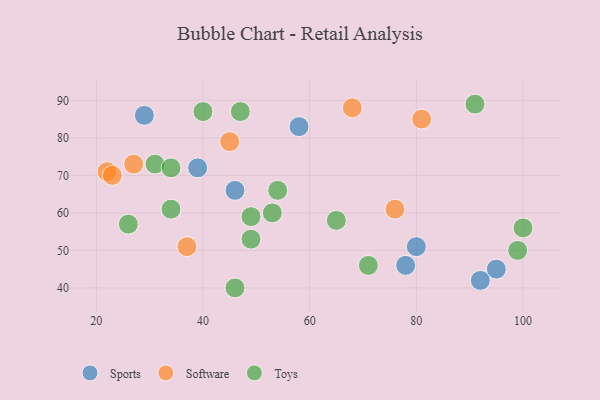
{"axis": {"x": "GDP", "y": "Life Expectancy"}, "legend": ["Software", "Sports", "Toys"], "data": [{"x": "95", "y": 45, "type": "Sports"}, {"x": "46", "y": 66, "type": "Sports"}, {"x": "39", "y": 72, "type": "Sports"}, {"x": "29", "y": 86, "type": "Sports"}, {"x": "78", "y": 46, "type": "Sports"}, {"x": "80", "y": 51, "type": "Sports"}, {"x": "58", "y": 83, "type": "Sports"}, {"x": "92", "y": 42, "type": "Sports"}, {"x": "45", "y": 79, "type": "Software"}, {"x": "76", "y": 61, "type": "Software"}, {"x": "68", "y": 88, "type": "Software"}, {"x": "22", "y": 71, "type": "Software"}, {"x": "81", "y": 85, "type": "Software"}, {"x": "23", "y": 70, "type": "Software"}, {"x": "27", "y": 73, "type": "Software"}, {"x": "37", "y": 51, "type": "Software"}, {"x": "49", "y": 59, "type": "Toys"}, {"x": "99", "y": 50, "type": "Toys"}, {"x": "40", "y": 87, "type": "Toys"}, {"x": "100", "y": 56, "type": "Toys"}, {"x": "49", "y": 53, "type": "Toys"}, {"x": "31", "y": 73, "type": "Toys"}, {"x": "54", "y": 66, "type": "Toys"}, {"x": "71", "y": 46, "type": "Toys"}, {"x": "26", "y": 57, "type": "Toys"}, {"x": "34", "y": 72, "type": "Toys"}, {"x": "47", "y": 87, "type": "Toys"}, {"x": "65", "y": 58, "type": "Toys"}, {"x": "34", "y": 61, "type": "Toys"}, {"x": "53", "y": 60, "type": "Toys"}, {"x": "91", "y": 89, "type": "Toys"}, {"x": "46", "y": 40, "type": "Toys"}]}